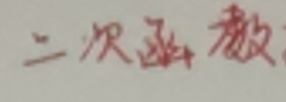
二次函数